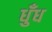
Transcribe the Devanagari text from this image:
धुँध